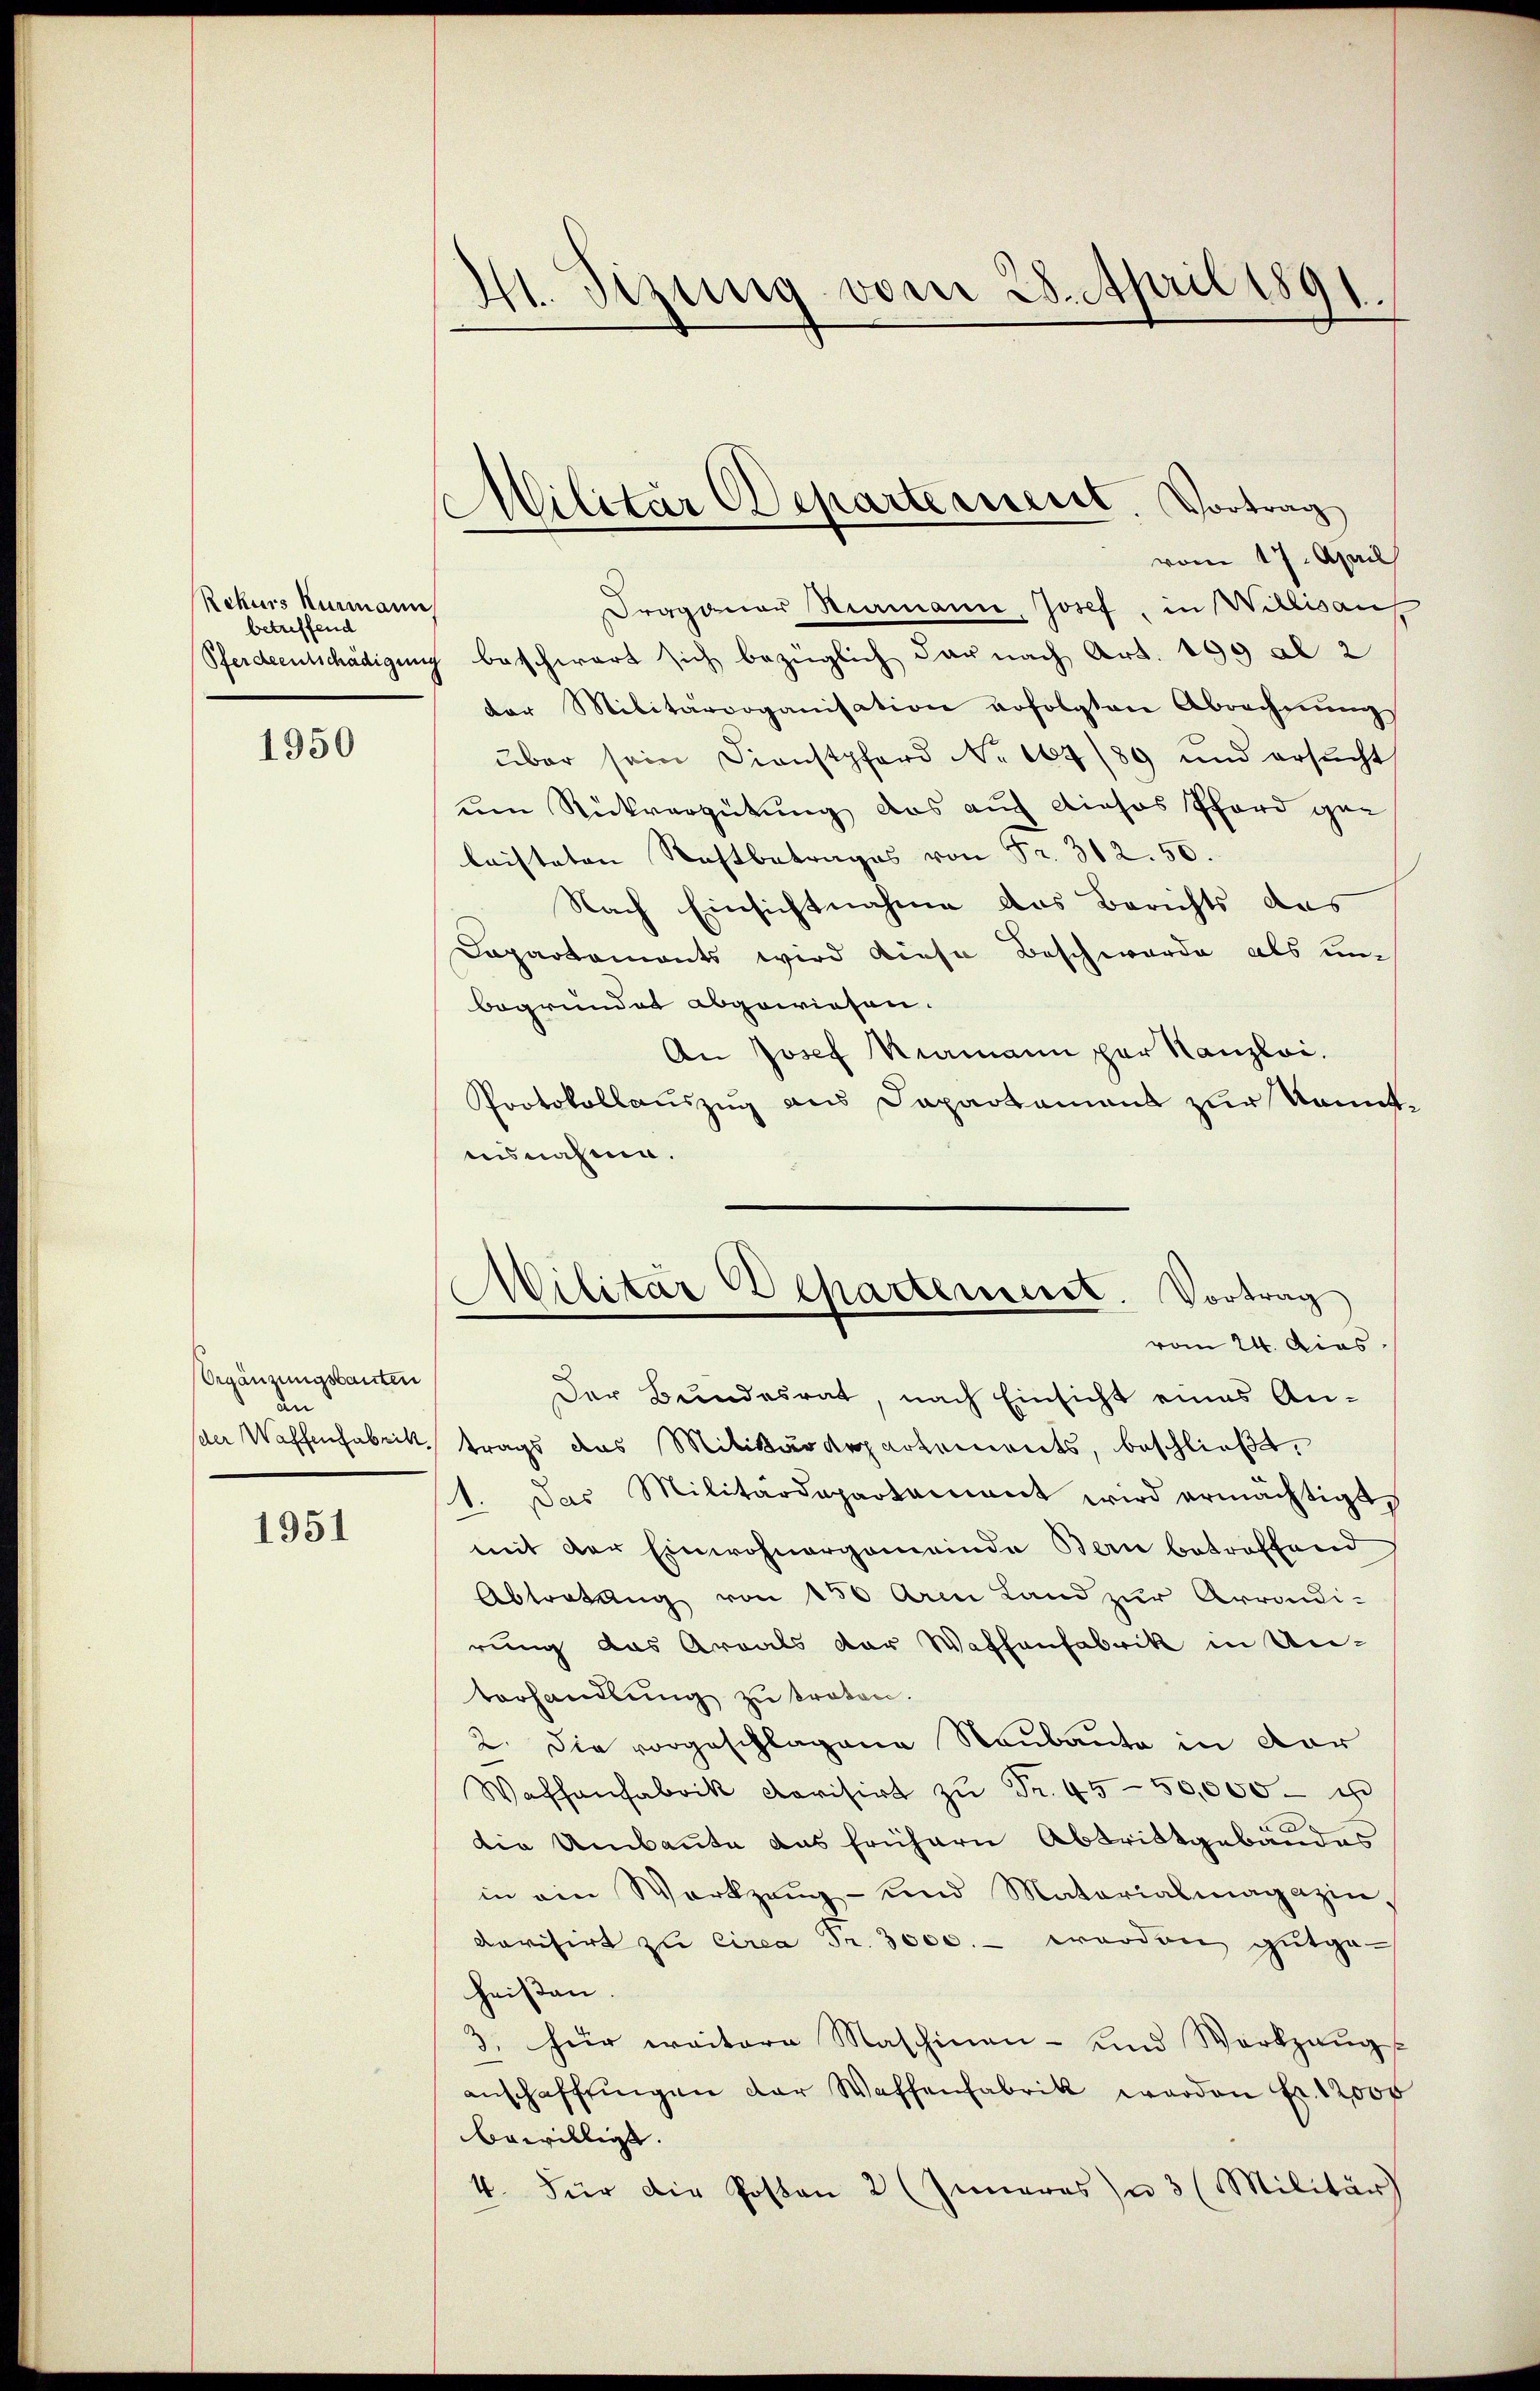
Rekurs Kurmann,
betreffend

1950

Orgänzungsbauten
an
der Waffenfabrik.

1951

M. Sizung vom 28. April 1891

Draganar Stimann, Josef, in Willisauf
Pferdentschädigung beschwart sich bezüglich dar nach Art. 199 al 2
der Militärorganisation erfolgten Abrechnŭngs
über sein Dienstpferd No 104/89 und ersŭcht
um Rückvergütung das auch dieses Pfard gen
laisteten Rechtbetrages von Fr. 312. 50.
Nach Einsichtnahme das Berichts das
Dapartaments wird diese Beschwerde als un-
begründet abgewiesen.
An Josef Riamann per Kanzlei.
Protokollauszug aus Dapartamens zur Kenntausnahme.

Militär Departeriert. Vortrag
vom 17. April

Militar Departement. Vortrag
vom 24. dies

Der Bundesrat, nach Einsicht eines Antrags das Militärdepartements, beschließt,
1. Das Militärdepartament wird ermächtigt,
mit der Einwohnergemeinde Bern betreffend
Abtretung von 450 Arm Land zur Arrondi-
rung das Areals der Waffenfabrik in Untorhandlung zu treten.
2. Die vorgeschlagene Neubaute in dor
Waanfabrik devisirt zŭ Fr. 45—50,000 -
die Umbaute das frühern Abtrittgebäudes
in ein Werkzeug- und Materialmagazindorisirt zu circa Fr. 3000.- werden gutgeheißen.
3. für weitere Maschinen- und Werkzeug
anschaffŭngen der Waffenfabrik werden Fr. 12000
bewilligt.
4. Für die Posten 2 (Inneres u 3 (Militär